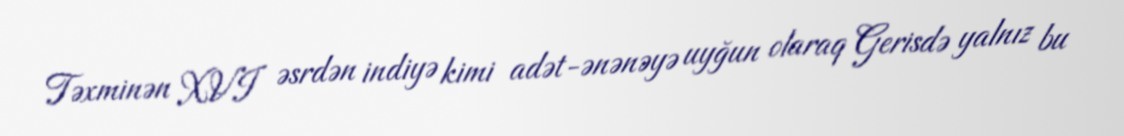
Təxminən XVI əsrdən indiyə kimi adət-ənənəyə uyğun olaraq Gerisdə yalnız bu